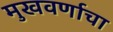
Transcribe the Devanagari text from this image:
मुखवर्णाचा